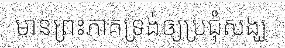
មានព្រះភាគទ្រង់ឲ្យប្រជុំសង្ឃ